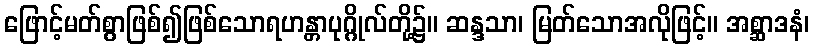
ဖြောင့်မတ်စွာဖြစ်၍ဖြစ်သောရဟန္တာပုဂ္ဂိုလ်တို့၌။ ဆန္ဒသာ၊ မြတ်သောအလိုဖြင့်။ အစ္ဆာဒနံ၊